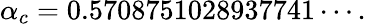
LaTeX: \alpha_{c}=0.5708751028937741\cdots.